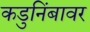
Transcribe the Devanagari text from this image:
कडुनिंबावर